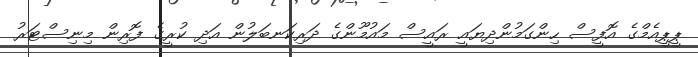
ޕީޕީއެެމްގެ އޮފީސް ހިންގަމުންދިޔައީ ރައީސް މައުމޫންގެ ދަރިކަނބަލުން އަދި ކުރީގެ ފޮރިން މިނިސްޓަރު